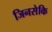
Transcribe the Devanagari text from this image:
जिनसेकि